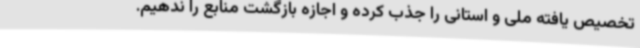
تخصیص یافته ملی و استانی را جذب کرده و اجازه بازگشت منابع را ندهیم.